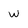
Character: w